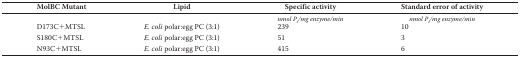
<table><thead><tr><td><b>MolBC Mutant</b></td><td><b>Lipid</b></td><td><b>Specific activity</b></td><td><b>Standard error of activity</b></td></tr></thead><tbody><tr><td></td><td></td><td><i>nmol P<sub>i</sub>/mg enzyme/min</i></td><td><i>nmol P<sub>i</sub>/mg enzyme/min</i></td></tr><tr><td>D173C+MTSL</td><td><i>E. coli</i> polar:egg PC (3:1)</td><td>239</td><td>10</td></tr><tr><td>S180C+MTSL</td><td><i>E. coli</i> polar:egg PC (3:1)</td><td>51</td><td>3</td></tr><tr><td>N93C+MTSL</td><td><i>E. coli</i> polar:egg PC (3:1)</td><td>415</td><td>6</td></tr></tbody></table>